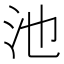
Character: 池